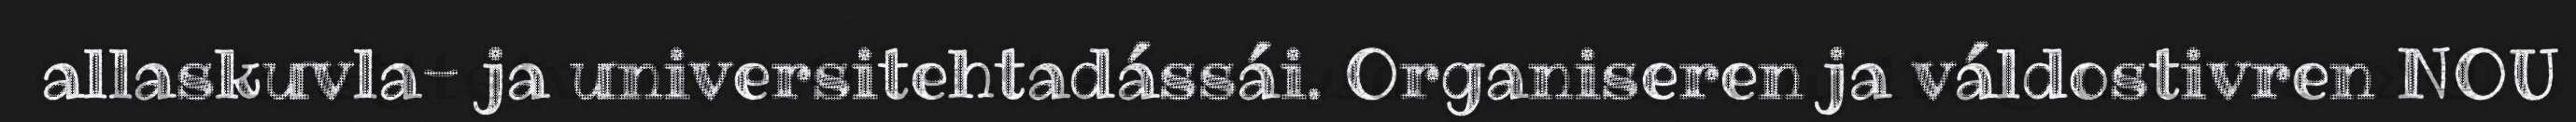
allaskuvla- ja universitehtadássái. Organiseren ja váldostivren NOU